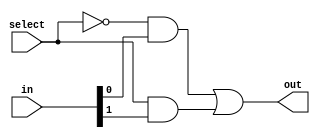
module mux_2to1(input [1:0]in,input select,output out);

    wire a1,a2;
    wire n_s;

    not n1(n_s,select);

    and and1(a1,n_s,in[0]);
    and and2(a2,select,in[1]);

    or or1(out,a1,a2);
    
endmodule